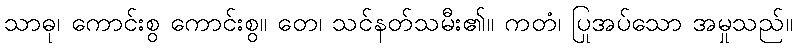
သာဓု၊ ကောင်းစွ ကောင်းစွ။ တေ၊ သင်နတ်သမီး၏။ ကတံ၊ ပြုအပ်သော အမှုသည်။